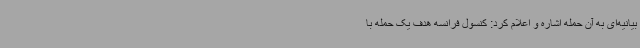
بیانیه‌ای به آن حمله اشاره و اعلام کرد: کنسول فرانسه هدف یک حمله با